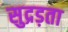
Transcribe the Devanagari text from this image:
सुद्रड़ता